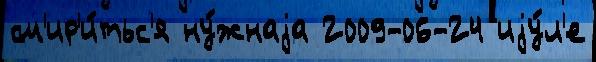
см'ир'и́тьс'я ну́жнаjа 2009-06-24 иjу́л'е